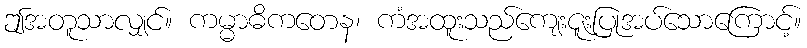
ဤအတူသာလျှင်။ ကမ္မာဓိကတေန၊ ကံအထူးသည်ကျေးဇူးပြုအပ်သောကြောင့်။